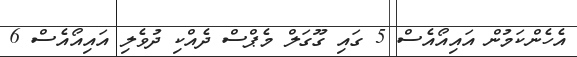
އެހެންކަމުން އައިއޯއެސް 5 ގައި ގޫގަލް މެޕްސް ދެއްކި ދުވެލި އައިއޯއެސް 6